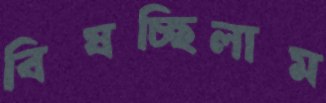
বিষচ্ছিলাম